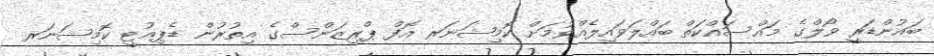
ބައުންޑަރީ ވޯލްގެ މައްސައްކަތް ބައްލަވައިލެއްވުމަށް ކޮމިޝަނަރ އޮފް ޕްރިޒަންސްގެ އިތުރުން ޑެޕިއުޓީ ކޮމިޝަނަރ